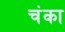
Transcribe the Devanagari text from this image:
चंका